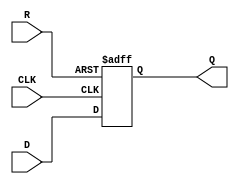
module neg_edge_d_ff (
  input D,
  input CLK,
  input R,
  output reg Q
);

always @ (negedge CLK or posedge R) begin
  if (R) begin
    Q <= 0; // Predefined state on reset
  end else begin
    Q <= D; // Store D value on negative edge of CLK
  end
end

endmodule